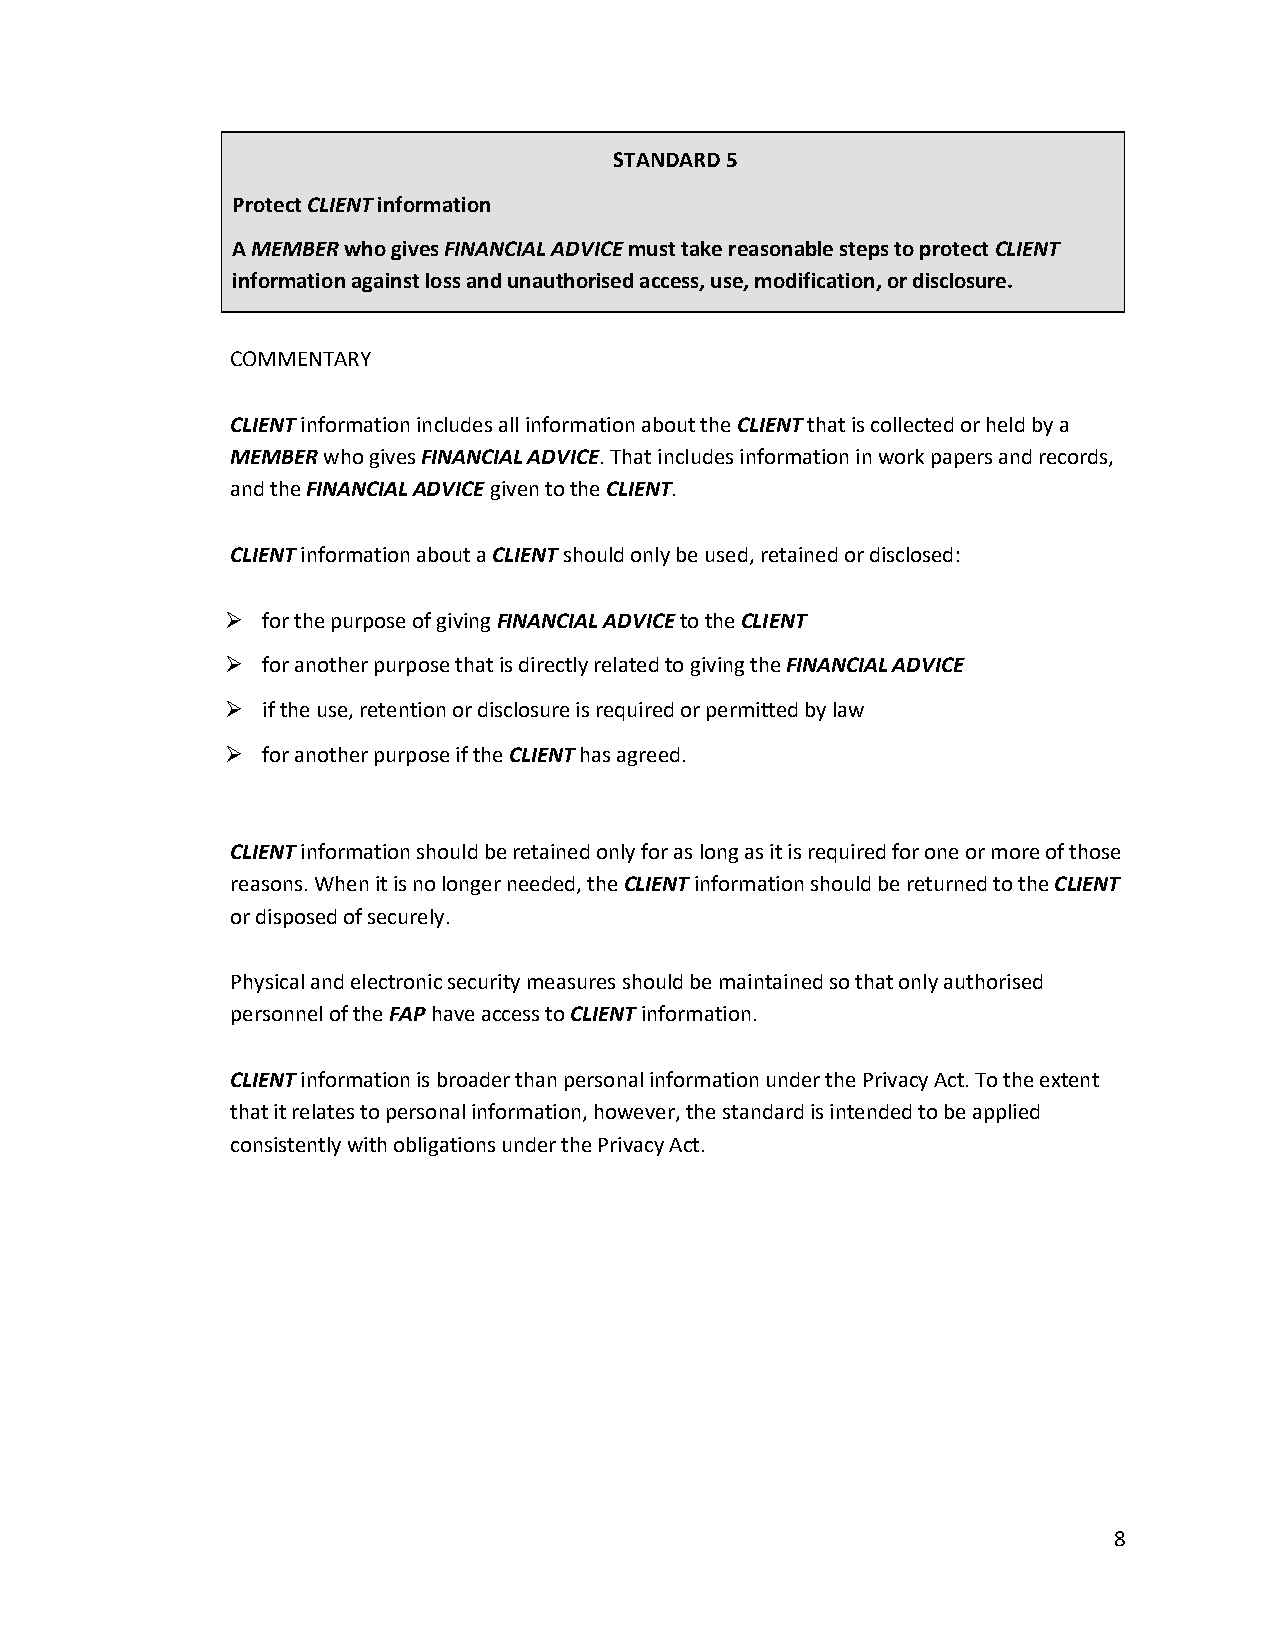
STANDARD 5
 Protect CLIENT information
 A MEMBER who gives FINANCIAL ADVICE must take reasonable steps to protect CLIENT
 information against loss and unauthorised access, use, modification, or disclosure.
 COMMENTARY
 CLIENT information includes all information about the CLIENT that is collected or held by a
 MEMBER who gives FINANCIAL ADVICE. That includes information in work papers and records,
 and the FINANCIAL ADVICE given to the CLIENT.
 CLIENT information about a CLIENT should only be used, retained or disclosed:
 ➢ for the purpose of giving FINANCIAL ADVICE to the CLIENT
 ➢ for another purpose that is directly related to giving the FINANCIAL ADVICE
 ➢ if the use, retention or disclosure is required or permitted by law
 ➢ for another purpose if the CLIENT has agreed.
 CLIENT information should be retained only for as long as it is required for one or more of those
 reasons. When it is no longer needed, the CLIENT information should be returned to the CLIENT
 or disposed of securely.
 Physical and electronic security measures should be maintained so that only authorised
 personnel of the FAP have access to CLIENT information.
 CLIENT information is broader than personal information under the Privacy Act. To the extent
 that it relates to personal information, however, the standard is intended to be applied
 consistently with obligations under the Privacy Act.
 8